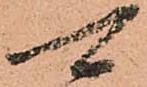
可